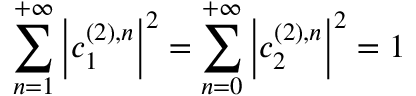
\sum _ { n = 1 } ^ { + \infty } \left| c _ { 1 } ^ { ( 2 ) , n } \right| ^ { 2 } = \sum _ { n = 0 } ^ { + \infty } \left| c _ { 2 } ^ { ( 2 ) , n } \right| ^ { 2 } = 1